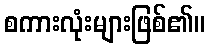
စကားလုံးများဖြစ်၏။